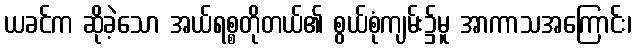
ယခင်က ဆိုခဲ့သော အယ်ရစ္စတိုတယ်၏ စွယ်စုံကျမ်း၌မူ အာကာသအကြောင်း၊